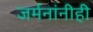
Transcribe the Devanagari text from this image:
जर्मनांनीही